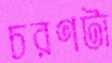
চরণটা